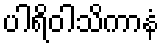
ပါရိဝါသိကာနံ